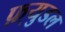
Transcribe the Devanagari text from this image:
फ़्युडल